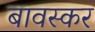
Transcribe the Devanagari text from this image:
बावस्कर